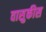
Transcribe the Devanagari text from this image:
वासुकीस